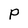
Character: P